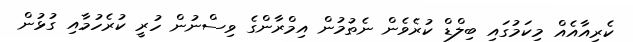
ކެރިއާއެއް މިކަމުގައި ބިލްޑް ކުރެވެން ނެތުމުން އިމްރާންގެ ވިސްނުން ހުރީ ކުރެހުމާއި ގުޅުން